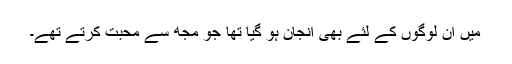
میں اُن لوگوں کے لئے بھی انجان ہو گیا تھا جو مجھ سے محبت کرتے تھے۔